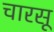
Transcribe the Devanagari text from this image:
चारसू